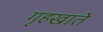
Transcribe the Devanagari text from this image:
गृहखाते